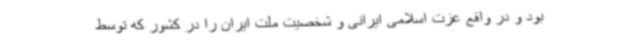
بود و در واقع عزت اسلامی ایرانی و شخصیت ملت ایران را در کشور که توسط